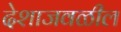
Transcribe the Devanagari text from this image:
देशाजवळील